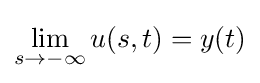
\lim _{s\to -\infty }u(s,t)=y(t)